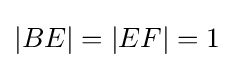
|BE|=|EF|=1